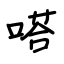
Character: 嗒